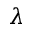
\lambda